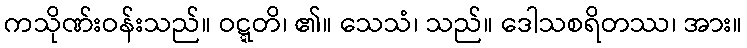
ကသိုဏ်းဝန်းသည်။ ဝဋ္ဋတိ၊ ၏။ သေသံ၊ သည်။ ဒေါသစရိတဿ၊ အား။